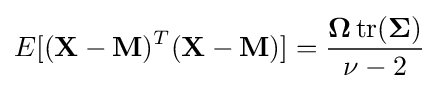
E[(\mathbf {X} -\mathbf {M} )^{T}(\mathbf {X} -\mathbf {M} )]={\frac {\mathbf {\Omega } \operatorname {tr} (\mathbf {\Sigma } )}{\nu -2}}